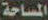
المساحة